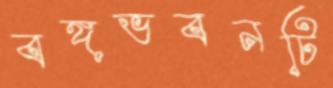
বঙ্গভবনটি